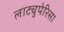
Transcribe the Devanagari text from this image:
लाट्युपेरिसा